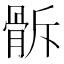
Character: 𩨯